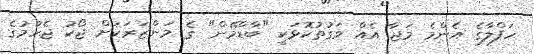
ހަފްލާގެ އެންމެ މަޖާ އެއް ވަގުތުކޮޅަކީ "ބާޑްމޭން" ގެ މަންޒަރަކަށް ޖޯކު ޖެހުމުގެ